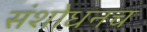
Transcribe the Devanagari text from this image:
संशोधनच